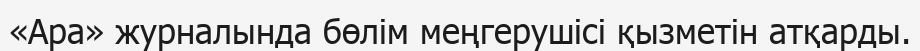
«Ара» журналында бөлім меңгерушісі қызметін атқарды.